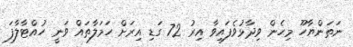
ނަތަންޔާހޫ މިހެން ވިދާޅުވެފައިވާ އިރު 72 ގަޑި އިރަށް ހަމަލާތައް ވަނީ ހުއްޓާލާފަ